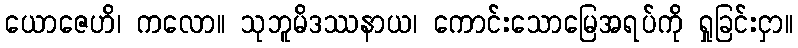
ယောဇေဟိ၊ ကလော။ သုဘူမိဒဿနာယ၊ ကောင်းသောမြေအရပ်ကို ရှုခြင်းငှာ။